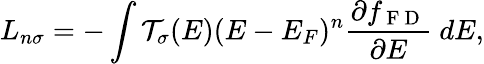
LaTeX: L_{n\sigma}=-\int\mathcal{T}_{\sigma}(E)(E-E_{F})^{n}\frac{\partial f_{\mathrm{~F~D~}}}{\partial E}~dE,